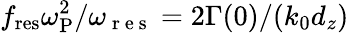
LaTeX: f_{\mathrm{res}}\omega_{\mathrm{P}}^{2}/\omega_{\mathrm{~r~e~s~}}=2\Gamma(0)/(k_{0}d_{z})